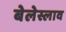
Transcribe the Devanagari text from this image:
बेलेस्लाव